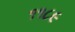
૧૧૮૯